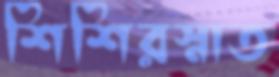
শিশিরস্নাত